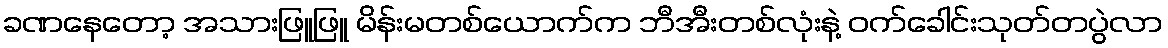
ခဏနေတော့ အသားဖြူဖြူ မိန်းမတစ်ယောက်က ဘီအီးတစ်လုံးနဲ့ ဝက်ခေါင်းသုတ်တပွဲလာ